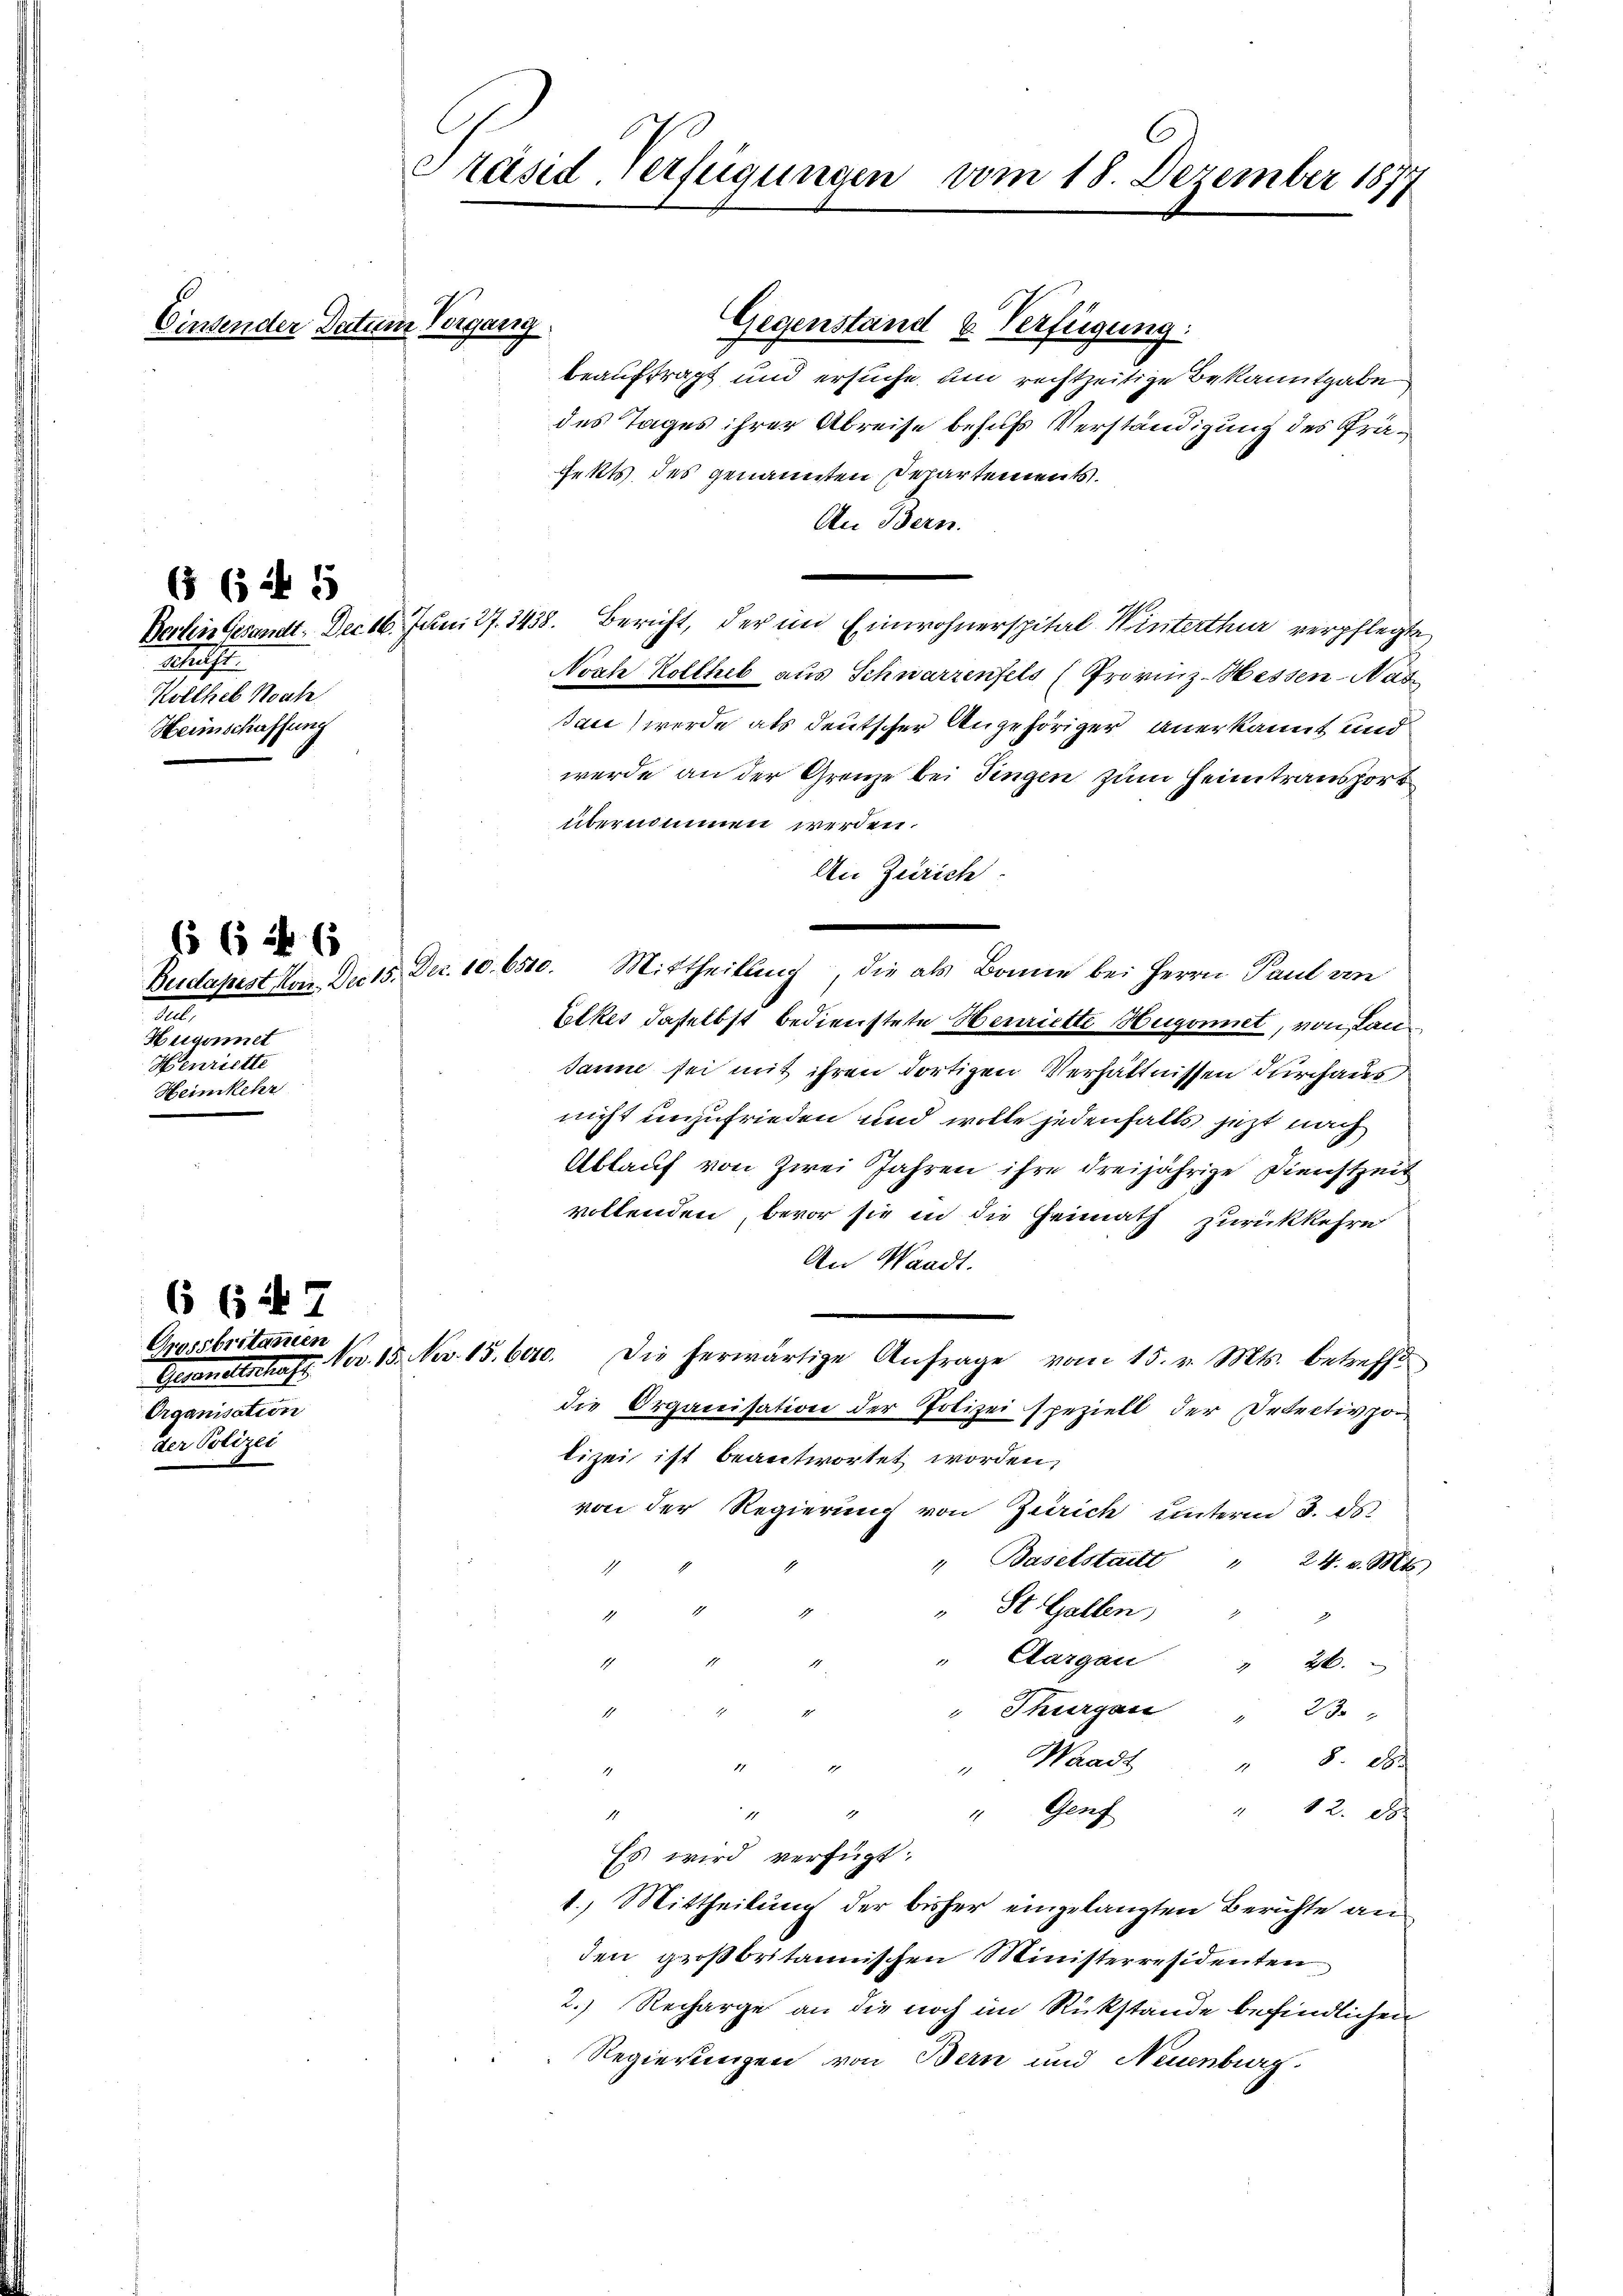
Einsender Datum Vorgang

2

Hegonnet
Henriette
Heimkehr

65 6 1 6

( 6 f 5

Altst
Kolches Nah
Heimschaffung

Präsid-Verfügungen vom 18. Dezember 1877

6 (i 7
Grossbritanien
Organisation
der Polizei

Gegenstand u. Verfügung:
beauftragt und ersuche, um rechtzeitige Bekanntgabe
des Tages ihrer Abreise behufs Verständigung des Präfekts des genannten Departements.
An Bern.
Berlin Gesandt. Dec 16. Juni 27. 1438. Bericht, der im Einwohnerspital Winterthur verpflegte
Noch Kollheb aus Schwarzenfels (Provinz-Hessen-Nas
Bai wurde als deutscher Angehöriger anerkannt und
werde an der Grenze bei Fingen zum Heimtransport
übernommen werden.
An Zürich
Beedapest von. Die 15. Dec. 10. 6510. Mittheilung, die als Banne bei Herrn Paul vn
Volkes daselbst bedienstete Henriette Hugonnet, von Lan¬
Janne sei mit ihren dortigen Verhältnissen durchaus
nicht unzufrieden und wolle jedenfalls jetzt nach
Ablauf von Zwei Jahren ihre dreijährige Dienstzeit
vollenden, bevor sie in die Heimath zurückkehre
An Waadt.
Gesandtschaft. Nov. 15. Nov. 15. 600. Die herwärtige Anfrage vom 15. v. Mts. betreffe
die Organisation der Polizei speziell der Detectivpo
lizei ist beantwortet worden,
von der Regierung von Zürich unterm 3. ds.
 Baselstatt "
24. v. Mts.
" St. Gallen, " "
Aargau " 26.
" Thurgau
23
8 x
" Waadt
 12. d
" Genf
e
11
Es wird verfügt:
1. Mittheilung der bisher eingelangten Berichte an
den großbritannischen Ministerresidenten
2.) Recharge an die noch im Rückstände befindlichen
Regierungen von Bern und Neuenburg.